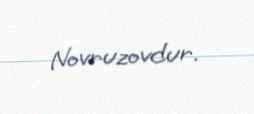
Novruzovdur.